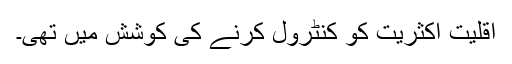
اقلیت اکثریت کو کنٹرول کرنے کی کوشش میں تھی۔